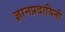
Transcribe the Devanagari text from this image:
ज्ञानप्रदायिनी